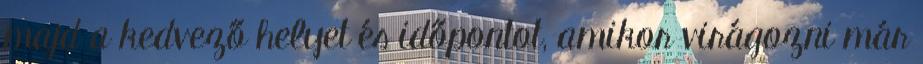
majd a kedvező helyet és időpontot, amikor virágozni már